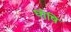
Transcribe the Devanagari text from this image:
घोषि